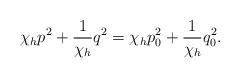
LaTeX: \begin{align*} \chi_h p^2+ \frac{1}{\chi_h}q^2 = \chi_h p_0^2+ \frac{1}{\chi_h}q_0^2.\end{align*}